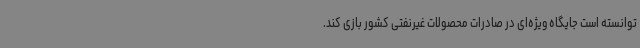
توانسته است جایگاه ویژه‌ای در صادرات محصولات غیرنفتی کشور بازی کند.